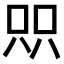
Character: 𫪉